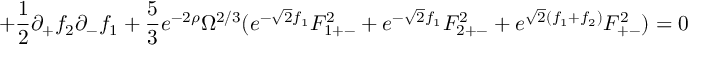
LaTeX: + \frac { 1 } { 2 } \partial _ { + } f _ { 2 } \partial _ { - } f _ { 1 } + \frac { 5 } { 3 } e ^ { - 2 \rho } \Omega ^ { 2 / 3 } ( e ^ { - \sqrt { 2 } f _ { 1 } } F _ { 1 + - } ^ { 2 } + e ^ { - \sqrt { 2 } f _ { 1 } } F _ { 2 + - } ^ { 2 } + e ^ { \sqrt { 2 } ( f _ { 1 } + f _ { 2 } ) } F _ { + - } ^ { 2 } ) = 0